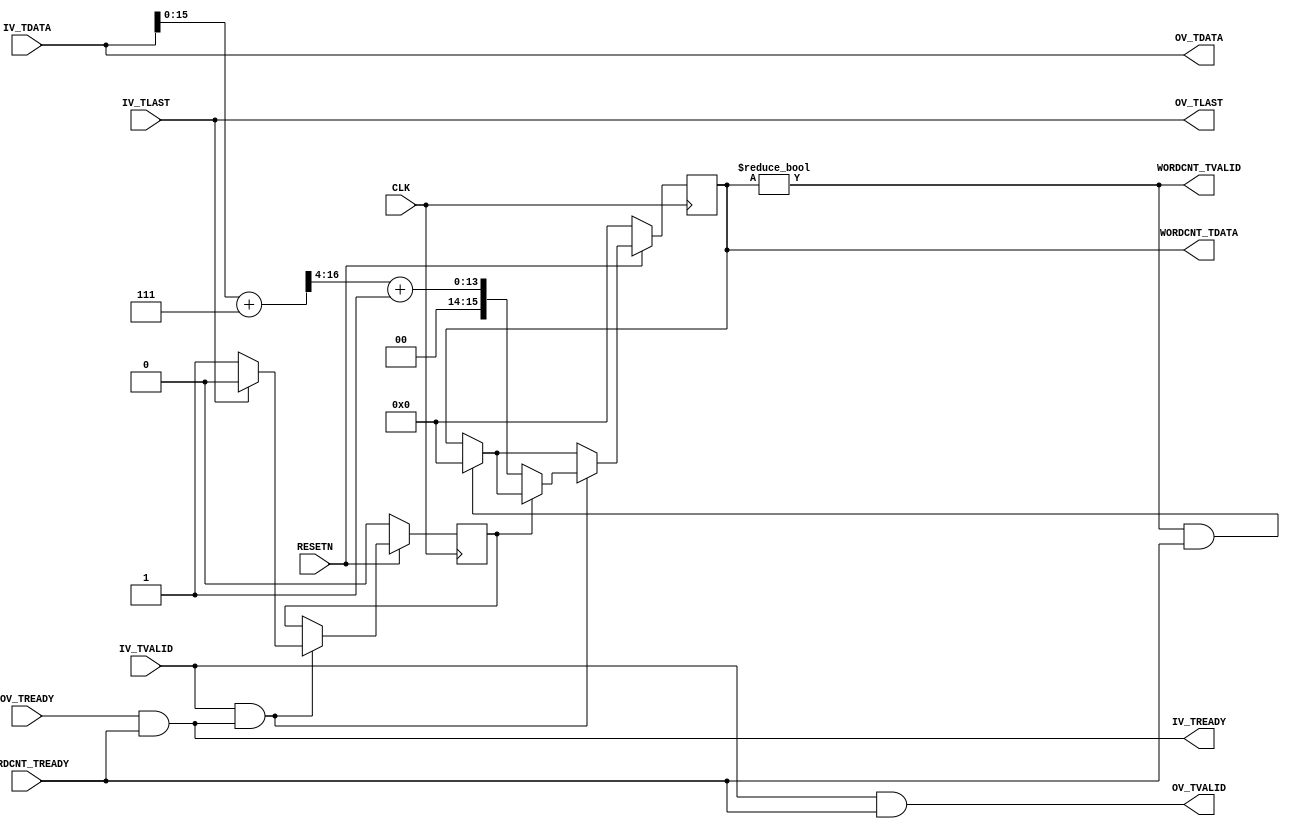

// Copyright (C) Akira Higuchi  ( https://github.com/ahiguti )
// Copyright (C) DeNA Co.,Ltd. ( https://dena.com )
// All rights reserved.
// See COPYRIGHT.txt for details

module get_word_count(
CLK, RESETN,
IV_TDATA, IV_TVALID, IV_TLAST, IV_TREADY,
OV_TDATA, OV_TVALID, OV_TLAST, OV_TREADY,
WORDCNT_TDATA, WORDCNT_TVALID, WORDCNT_TREADY
);
parameter WORD_SIZE_L2 = 3;
parameter WORDCNT_WORD_SIZE_L2 = 4;
input CLK;
input RESETN;
input [(1<<WORD_SIZE_L2)*8-1:0] IV_TDATA;
input IV_TVALID;
input IV_TLAST;
output IV_TREADY;
output [(1<<WORD_SIZE_L2)*8-1:0] OV_TDATA;
output OV_TVALID;
output OV_TLAST;
input OV_TREADY;
output [15:0] WORDCNT_TDATA;
output WORDCNT_TVALID;
input WORDCNT_TREADY;

reg pkt_cont;
reg [15:0] wordcnt;

assign OV_TDATA = IV_TDATA;
assign OV_TVALID = IV_TVALID && WORDCNT_TREADY;
assign OV_TLAST = IV_TLAST;
assign IV_TREADY = OV_TREADY && WORDCNT_TREADY;
assign WORDCNT_TDATA = wordcnt;
assign WORDCNT_TVALID = wordcnt != 0;

always @(posedge CLK) begin
    if (!RESETN) begin
        pkt_cont <= 0;
        wordcnt <= 0;
    end else begin
        if (WORDCNT_TVALID && WORDCNT_TREADY) begin
            wordcnt <= 0;
        end
        if (IV_TVALID && IV_TREADY) begin
            if (!pkt_cont) begin
                wordcnt <= ((IV_TDATA[15:0] + 7) >> WORDCNT_WORD_SIZE_L2) + 1;
                pkt_cont <= 1;
            end
            if (IV_TLAST) begin
                pkt_cont <= 0;
            end
        end
    end
end

endmodule